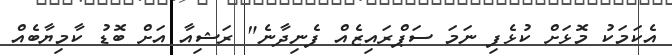
އެކަމަކު މޮޅަށް ކުޅެފި ނަމަ ސަޕްރައިޒެއް ފެނިދާނެ" ރަޝިއާ އަށް ބޮޑު ކާމިޔާބެއް